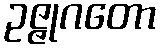
ဥဇ္ဇုဂတော